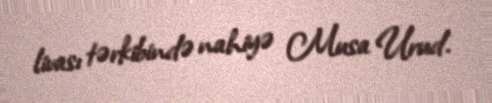
livası tərkibində nahiyə Musa Urud.